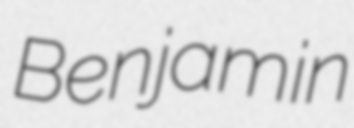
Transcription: Benjamin